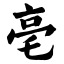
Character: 亳